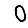
Digit: 0